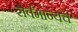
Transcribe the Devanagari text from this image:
सर्वमान्यच